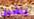
ياشين